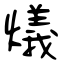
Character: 燨